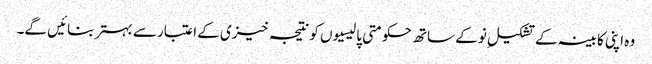
وہ اپنی کابینہ کے تشکیلِ نو کے ساتھ حکومتی پالیسیوں کو نتیجہ خیزی کے اعتبار سے بہتر بنائیں گے۔